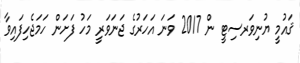
ޤައުމީ ޔުނިވަރސިޓީ ން 2017 ވަނަ އަހަރުގެ ޖަނަވަރީ މަހު ފަށަން ހަމަޖެހިފައިވާ